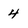
Character: 4